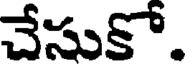
చేసుకో.